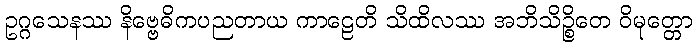
ဥဂ္ဂသေနဿ နိဗ္ဗေဓိကပညတာယ ကာဠေတိ သိထိလဿ အဘိသိဉ္စိတေ ဝိမုတ္တော